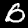
Label: 0